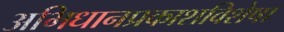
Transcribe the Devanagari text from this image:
अभिधानप्रकाशविशेषा